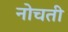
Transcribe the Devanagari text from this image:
नोचती